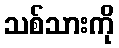
သစ်သားကို